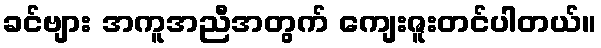
ခင်ဗျား အကူအညီအတွက် ကျေးဇူးတင်ပါတယ်။